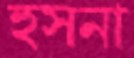
হুসনা